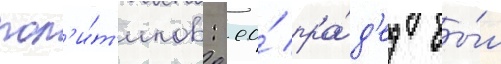
пол'и́т'иков: ео́ пра́д'ед бы́л